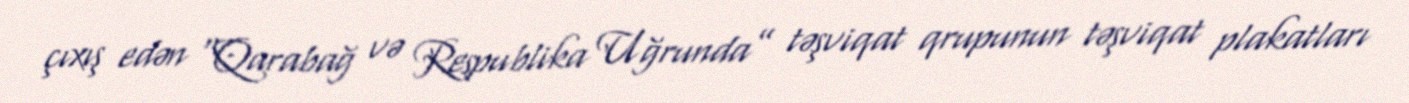
çıxış edən “Qarabağ və Respublika Uğrunda” təşviqat qrupunun təşviqat plakatları